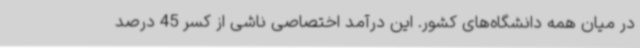
در میان همه دانشگاه‌های کشور. این درآمد اختصاصی ناشی از کسر 45 درصد